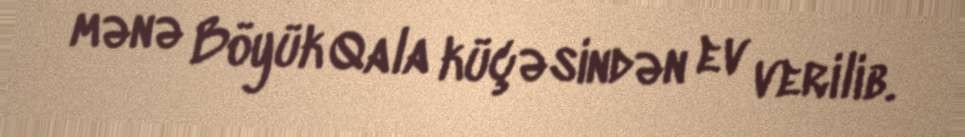
mənə Böyük Qala küçəsindən ev verilib.